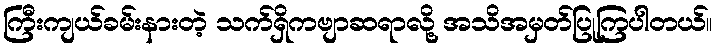
ကြီးကျယ်ခမ်းနားတဲ့ သက်ရှိကဗျာဆရာလို့ အသိအမှတ်ပြုကြပါတယ်။